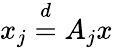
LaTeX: x_{j}\overset{d}{=}A_{j}x